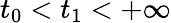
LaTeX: t_{0}<t_{1}<+\infty